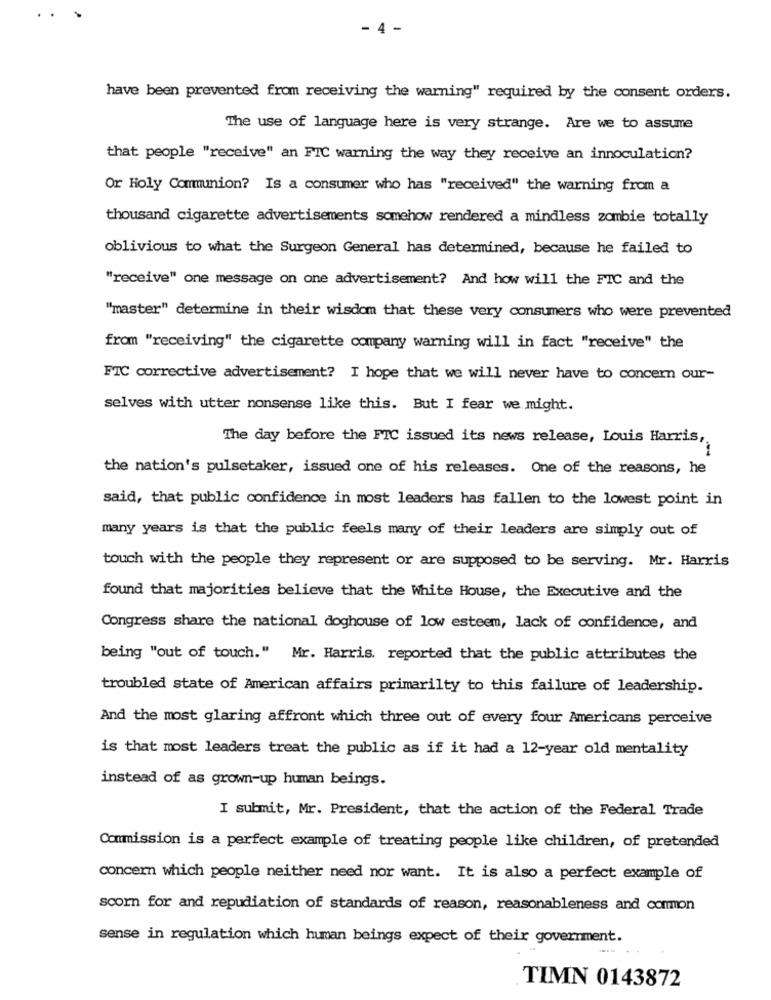
. 4
have been prevented from receiving the warning" required by the consent orders.
The use of language here is very strange. Are we to assume
that people "receive" an FIC warning the way they receive an innoculation?
Or Holy Communion? Is a consumer who has "received" the warning from a
thousand cigarette advertisements somehow rendered a mindless zombie totally
oblivious to what the Surgeon General has determined, because he failed to
"receive" one message on one advertisement? And how will the FIC and the
"master" determine in their wisdom that these very consumers who were prevented
from "receiving" the cigarette company warning will in fact "receive" the
FTC corrective advertisement? I hope that we will never have to concern our-
selves with utter nonsense like this. But I fear we might.
The day before the FIC issued its news release, Louis Harris,
the nation's pulsetaker, issued one of his releases. One of the reasons, he
said, that public confidence in most leaders has fallen to the lowest point in
many years is that the public feels many of their leaders are simply out of
touch with the people they represent or are supposed to be serving. Mr. Harris
found that majorities believe that the White House, the Executive and the
Congress share the national doghouse of low esteem, lack of confidence, and
being "out of touch." Mr. Harris. reported that the public attributes the
troubled state of American affairs primarilty to this failure of leadership.
And the most glaring affront which three out of every four Americans perceive
is that most leaders treat the public as if it had a 12-year old mentality
instead of as grown-up human beings.
I submit, Mr. President, that the action of the Federal Trade
Commission is a perfect example of treating people like children, of pretended
concern which people neither need nor want. It is also a perfect example of
scorn for and repudiation of standards of reason, reasonableness and common
sense in regulation which human beings expect of their government.
TIMN 0143872